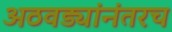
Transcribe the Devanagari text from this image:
अठवड्यांनंतरच